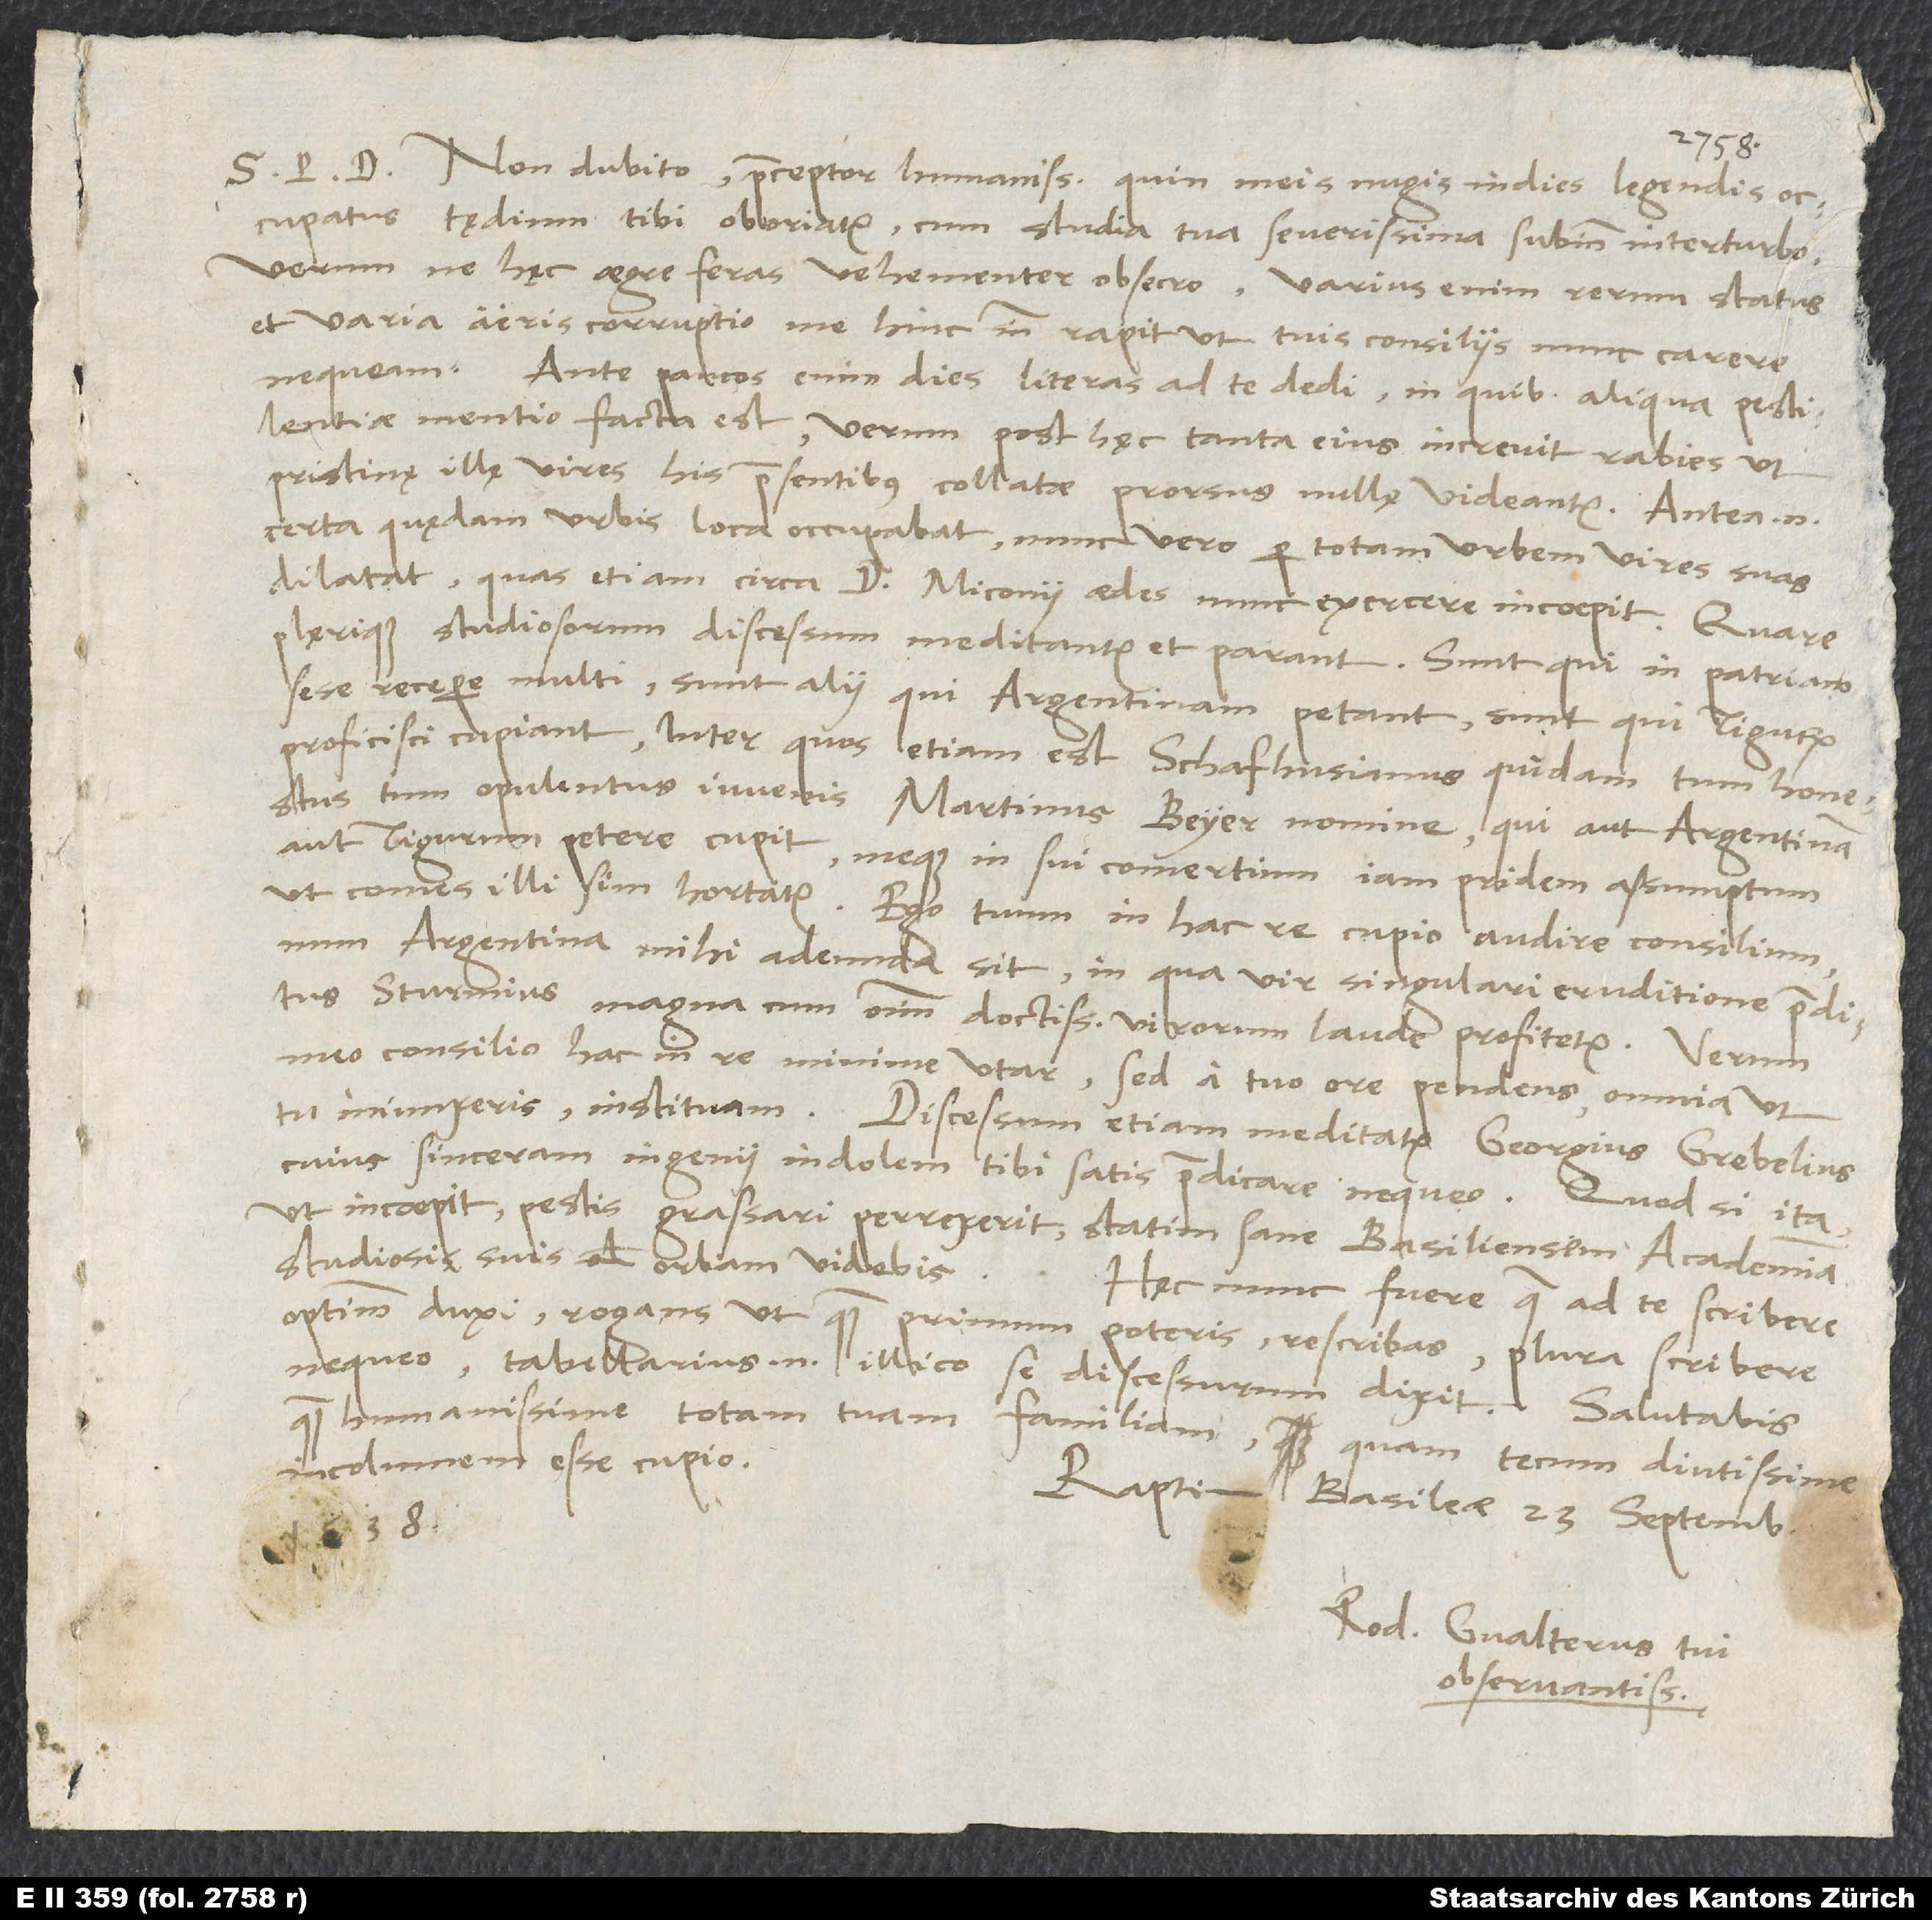
Non dubito, praeceptor humanissime, quin meis nugis indies legendis
occupatus tędium tibi oboriatur, cum studia tua severissima subinde interturbo.
Verum ne hęc aegre feras, vehementer obsecro. Varius enim rerum status
et variae aeris corruptio me hinc inde rapit, ut tuis consiliis nunc carere
nequeam. Ante paucos enim dies literas ad te dedi, in quibus aliqua pestilentiae
mentio facta est; verum post hęc tanta eius increvit rabies, ut
pristinę illę vires his praesentibus collatae prorsus nullę videantur. Antea enim
certa quędam urbis loca occupabat; nunc vero per totam urbem vires suas
dilatat, quas etiam circa d. Miconii aedes nunc exercere incoepit. Quare
plęrique studiosorum discessum meditantur et parant. Sunt, qui in patriam
sese recepere, multi, sunt alii, qui Argentinam petant, sunt, qui Tigurum
proficisci cupiant. Inter quos etiam est Schafhusianus quidam tum honestus
tum opulentus iuvenis Martinus Beyer nomine, qui aut Argentinam
aut Tigurum petere cupit meque in sui comertium iampridem assumptum,
ut comes illi sim, hortatur. Ego tuum in hac re cupio audire consilium,
num Argentina mihi adeunda sit, in qua vir singulari eruditione praeditus
Sturmius magna cum omnium doctissimorum virorum laude profitetur. Verum
meo consilio hac in re minime utar, sed a tuo ore pendens omnia, ut
tu iniunxeris, instituam. Discessum etiam meditatur Georgius Grebelius,
cuius sinceram ingenii indolem tibi satis praedicare nequeo. Quod si ita,
ut incoepit, pestis grassari perrexerit, statim sane Basiliensem academiam
studiosis suis orbam videbis.
Hęc nunc fuere, quae ad te scribere
optimum duxi rogans, ut, quam primum poteris, rescribas. Plura scribere
nequeo; tabellarius enim illico se discessurum dixit.
quam humanissime totam tuam familiam, quam tecum diutissime
incolumem esse cupio.
Raptim, Basileae, 23. septembris
1538.
Rod. Gvalterus, tui
observantissimus.